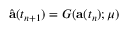
\widehat { \mathbf { a } } ( t _ { n + 1 } ) = G ( \mathbf { a } ( t _ { n } ) ; \mu )